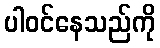
ပါဝင်နေသည်ကို